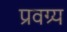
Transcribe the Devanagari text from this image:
प्रवग्र्य